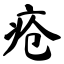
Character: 疮